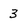
Character: 3